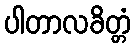
ပါတာလခိတ္တံ